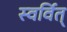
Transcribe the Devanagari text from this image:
स्वर्वित्